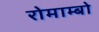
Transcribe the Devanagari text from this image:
रोमाम्बो